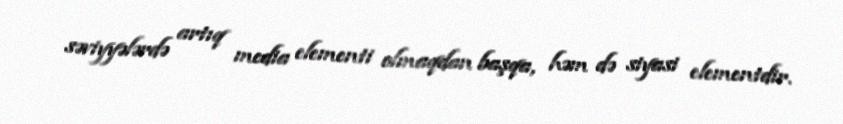
səviyyələrdə artıq media elementi olmaqdan başqa, həm də siyasi elementdir.